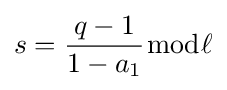
s={\dfrac {q-1}{1-a_{1}}}{\bmod {\ell }}